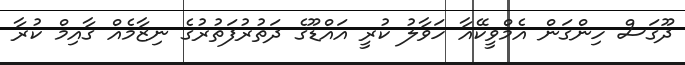
ދޫގަސް ހިންގަން އެމްވީކޭއާ ހަވާލު ކުރީ އައްޑޫގެ ދަތުރުފަތުރުގެ ނިޒާމެއް ގާއިމް ކުރާ